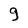
Character: g